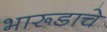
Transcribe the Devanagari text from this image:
भारूडाचे